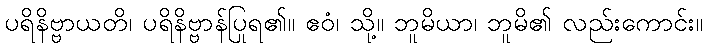
ပရိနိဗ္ဗာယတိ၊ ပရိနိဗ္ဗာန်ပြုရ၏။ ဧဝံ၊ သို့။ ဘူမိယာ၊ ဘူမိ၏ လည်းကောင်း။